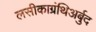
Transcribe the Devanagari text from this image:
लसीकाग्रंथिअर्बुद